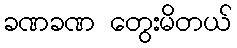
ခဏခဏ တွေးမိတယ်